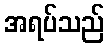
အရပ်သည်